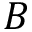
B